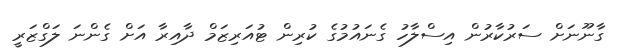
ގާނޫނަށް ސަރުކާރުން އިސްލާހު ގެނައުމުގެ ކުރިން ޓުއަރިޒަމް ދާއިރާ އަށް ގެންނަ ލަގްޒަރީ